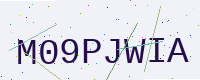
Text: M09PJWIA